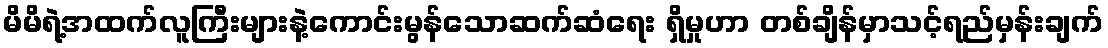
မိမိရဲ့အထက်လူကြီးများနဲ့ကောင်းမွန်သောဆက်ဆံရေး ရှိမှုဟာ တစ်ချိန်မှာသင့်ရည်မှန်းချက်